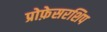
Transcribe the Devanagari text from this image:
प्रोफ़ेसरशिप